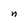
Character: n